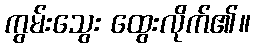
ကွမ်းသွေး ထွေးလိုက်၏။